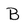
Character: B